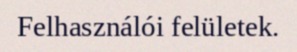
Felhasználói felületek.